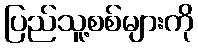
ပြည်သူ့စစ်များကို